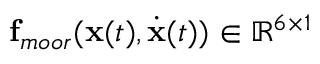
\mathbf { f } _ { m o o r } ( \mathbf { x } ( t ) , \dot { \mathbf { x } } ( t ) ) \in \mathbb { R } ^ { 6 \times 1 }